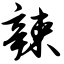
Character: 辣